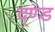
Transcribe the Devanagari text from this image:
द्ण्ड